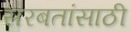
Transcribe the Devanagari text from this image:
सरबतांसाठी